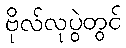
ဗိုလ်လုပွဲတွင်